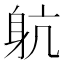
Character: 𨈢